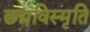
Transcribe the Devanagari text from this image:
छद्मविस्मृति